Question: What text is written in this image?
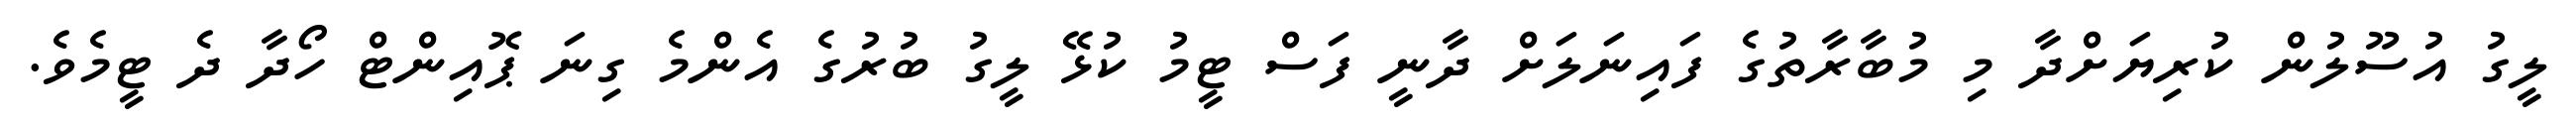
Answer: ލީގު އުސޫލުން ކުރިޔަށްދާ މި މުބާރާތުގެ ފައިނަލަށް ދާނީ ފަސް ޓީމު ކުޅޭ ލީގު ބުރުގެ އެންމެ ގިނަ ޕޮއިންޓް ހޯދާ ދެ ޓީމެވެ.